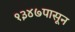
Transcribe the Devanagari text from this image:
१३४७पासून